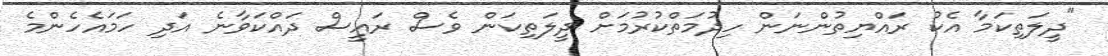
"ދީލަތިކަމާ އެކު ރައްޔިތުންނަން ހިދުމަތްކުރުމަށް ދީލަތިކަން ވެސް ރައީސް ދައްކަވާނެ އަދި ހަމައެހެންމެ